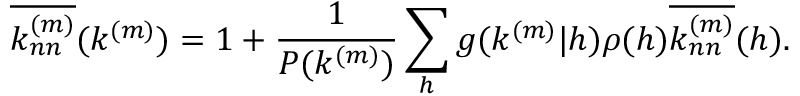
\overline { { k _ { n n } ^ { ( m ) } } } ( k ^ { ( m ) } ) = 1 + \frac { 1 } { P ( k ^ { ( m ) } ) } \sum _ { h } g ( k ^ { ( m ) } | h ) \rho ( h ) \overline { { k _ { n n } ^ { ( m ) } } } ( h ) .